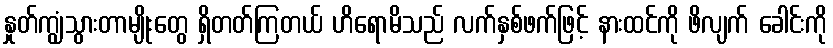
နှုတ်ကျွံသွားတာမျိုးတွေ ရှိတတ်ကြတယ် ဟိရောမိသည် လက်နှစ်ဖက်ဖြင့် နားထင်ကို ဖိလျက် ခေါင်းကို